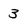
Character: 3